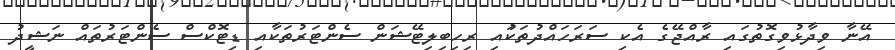
އޭނާ ވިދާޅުވިގޮތުގައި ރާއްޖޭގެ އެކި ސަރަހައްދުތަކުައި ރިހިބިލިޓޭޝަން ސެންޓަރުތަކާއި ޑިޓޮކްސް ސެންޓަރުތައް ނަޝީދު